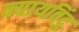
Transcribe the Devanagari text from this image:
न्यायविंदु